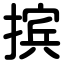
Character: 摈